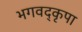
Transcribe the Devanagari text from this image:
भगवद्कृपा